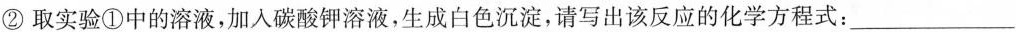
②取实验①中的溶液，加入碳酸钾溶液，生成白色沉淀，请写出该反应的化学方程式：___